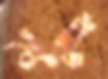
মুটে